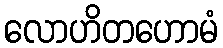
လောဟိတဟောမံ